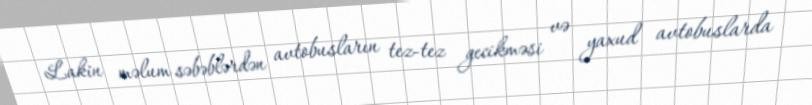
Lakin məlum səbəblərdən avtobusların tez-tez gecikməsi və yaxud avtobuslarda